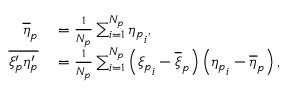
\begin{array} { r l } { \overline { { \eta } } _ { p } } & { { } = \frac { 1 } { N _ { p } } \sum _ { i = 1 } ^ { N _ { p } } { \eta _ { p } } _ { i } , } \\ { \overline { { \xi _ { p } ^ { \prime } \eta _ { p } ^ { \prime } } } } & { { } = \frac { 1 } { N _ { p } } \sum _ { i = 1 } ^ { N _ { p } } \left( { \xi _ { p } } _ { i } - \overline { { \xi } } _ { p } \right) \left( { \eta _ { p } } _ { i } - \overline { { \eta } } _ { p } \right) , } \end{array}